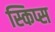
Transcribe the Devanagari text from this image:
स्किप्स